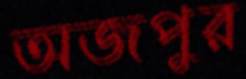
অজপুর